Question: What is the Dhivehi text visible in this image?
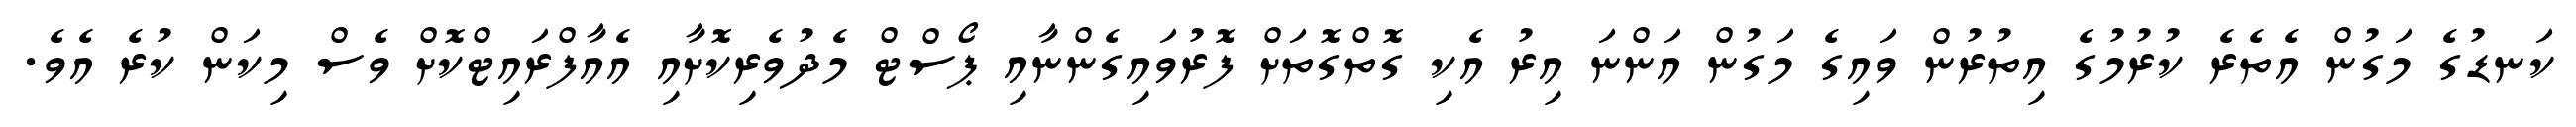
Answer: ކަނޑުގެ މަގުން އެތެރެ ކުރުމުގެ އިތުރުން ވައިގެ މަގުން އަންނަ އިރު އެކި ގޮތްގޮތަށް ފޮރުވައިގެންނާއި ޕޯސްޓް މެދުވެރިކޮށާއި އެއާފްރައިޓްކޮށް ވެސް މިކަން ކުރެ އެވެ.